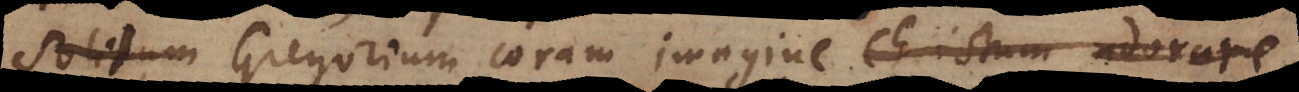
Gregorium coram imagine Christum adorare,